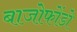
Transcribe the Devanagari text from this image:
बाजोफोंडो